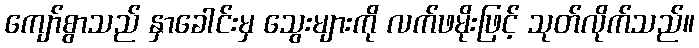
ကျော်စွာသည် နှာခေါင်းမှ သွေးများကို လက်ဖမိုးဖြင့် သုတ်လိုက်သည်။